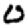
Digit: 0